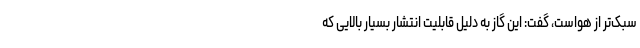
سبک‌تر از هواست، گفت: این گاز به دلیل قابلیت انتشار بسیار بالایی که